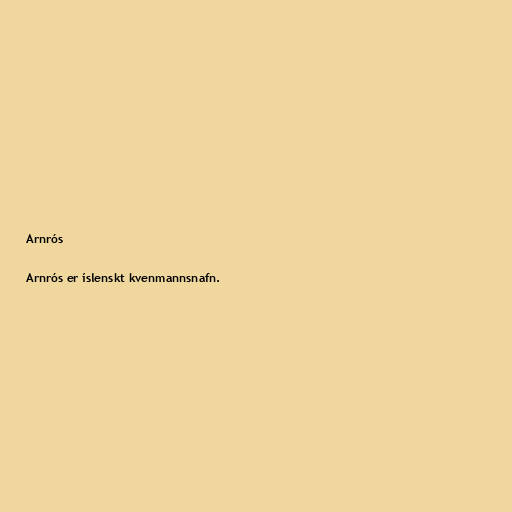
Arnrós

Arnrós er íslenskt kvenmannsnafn.